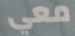
معي